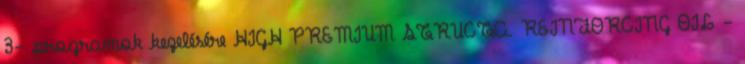
3- programok kezelésére HIGH PREMIUM STRUCTA. REINFORCING OIL -